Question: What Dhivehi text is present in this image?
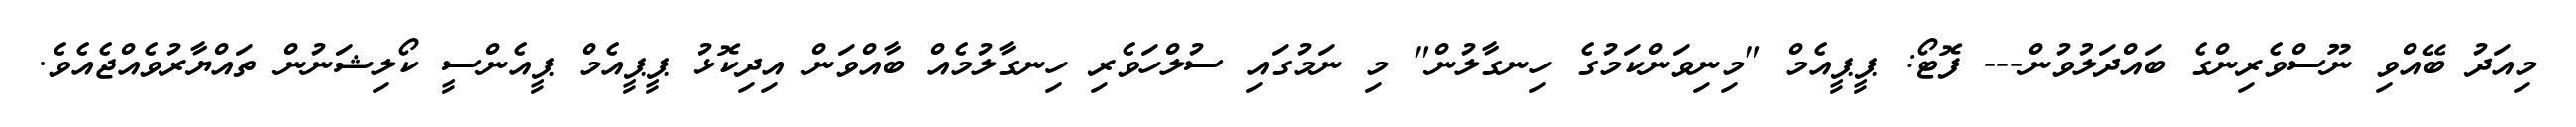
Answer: މިއަދު ބޭއްވި ނޫސްވެރިންގެ ބައްދަލުވުން--- ފޮޓޯ: ޕީޕީއެމް "މިނިވަންކަމުގެ ހިނގާލުން" މި ނަމުގައި ސުލްހަވެރި ހިނގާލުމެއް ބާއްވަން އިދިކޮޅު ޕީޕީއެމް ޕީއެންސީ ކޯލިޝަނުން ތައްޔާރުވެއްޖެއެވެ.